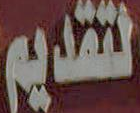
لتقديم